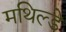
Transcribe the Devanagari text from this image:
मथिल्डे